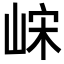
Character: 𫶀